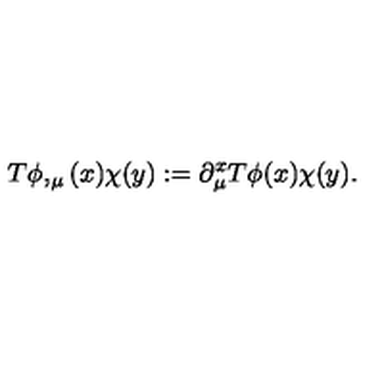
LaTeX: T \phi , _ { \mu } ( x ) \chi ( y ) : = \partial _ { \mu } ^ { x } T \phi ( x ) \chi ( y ) . \nonumber